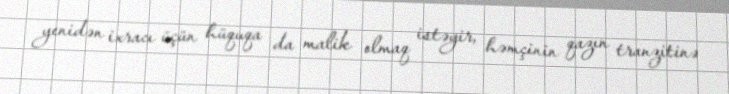
yenidən ixracı üçün hüquqa da malik olmaq istəyir, həmçinin qazın tranzitinə